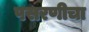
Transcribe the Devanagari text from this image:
पसरणीचा